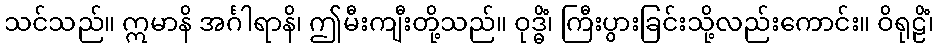
သင်သည်။ ဣမာနိ အင်္ဂါရာနိ၊ ဤမီးကျီးတို့သည်။ ဝုဒ္ဓိံ၊ ကြီးပွားခြင်းသို့လည်းကောင်း။ ဝိရုဠိံ၊